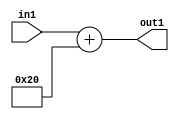
`timescale 1ps / 1ps
/*****************************************************************************
    Verilog RTL Description
    
    
    Created by: Stratus DpOpt 2019.1.01 
*******************************************************************************/

module st_weight_addr_gen_Add2i32u16_4_1 (
	in1,
	out1
	); /* architecture "behavioural" */ 
input [15:0] in1;
output [15:0] out1;
wire [15:0] asc001;

assign asc001 = 
	+(in1)
	+(16'B0000000000100000);

assign out1 = asc001;
endmodule

/* CADENCE  ubHxTg0= : u9/ySgnWtBlWxVPRXgAZ4Og= ** DO NOT EDIT THIS LINE ******/